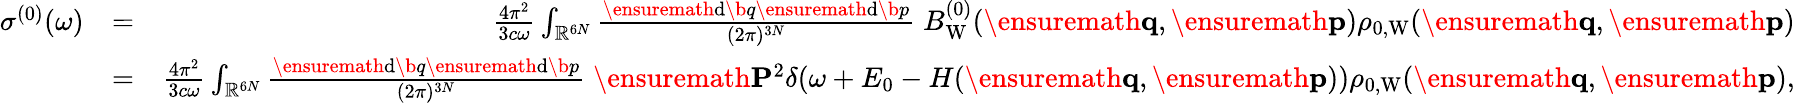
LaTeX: \begin{array}{rlr}{\sigma^{(0)}(\omega)}&{=}&{\frac{4\pi^{2}}{3c\omega}\int_{\mathbb{R}^{6N}}\frac{\ensuremath{\mathrm{d}}\b{q}\ensuremath{\mathrm{d}}\b{p}}{(2\pi)^{3N}}\; B_{\mathrm{W}}^{(0)}(\ensuremath{\mathbf{q}},\ensuremath{\mathbf{p}})\rho_{0,\mathrm{W}}(\ensuremath{\mathbf{q}},\ensuremath{\mathbf{p}})}\\ &{=}&{\frac{4\pi^{2}}{3c\omega}\int_{\mathbb{R}^{6N}}\frac{\ensuremath{\mathrm{d}}\b{q}\ensuremath{\mathrm{d}}\b{p}}{(2\pi)^{3N}}\; \ensuremath{\mathbf{P}}^{2}\delta\! \left(\omega+E_{0}-H(\ensuremath{\mathbf{q}},\ensuremath{\mathbf{p}})\right)\rho_{0,\mathrm{W}}(\ensuremath{\mathbf{q}},\ensuremath{\mathbf{p}}),}\end{array}